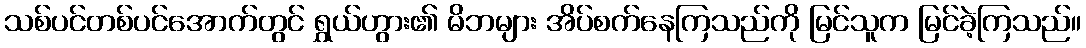
သစ်ပင်တစ်ပင်အောက်တွင် ရွှယ်ဟွား၏ မိဘများ အိပ်စက်နေကြသည်ကို မြင်သူက မြင်ခဲ့ကြသည်။